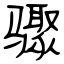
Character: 骤